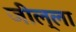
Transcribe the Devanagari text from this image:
जील्ला